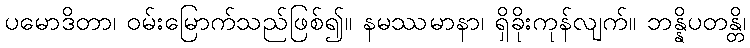
ပမောဒိတာ၊ ဝမ်းမြောက်သည်ဖြစ်၍။ နမဿမာနာ၊ ရှိခိုးကုန်လျက်။ ဘန္နိပတန္တိ၊